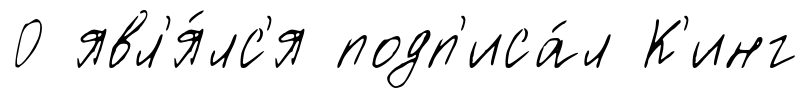
0 явл'я́лс'я подп'иса́л К'инг